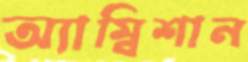
অ্যাম্বিশান